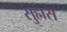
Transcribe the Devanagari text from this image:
सुह्मस